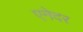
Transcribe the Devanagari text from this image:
एनेदर